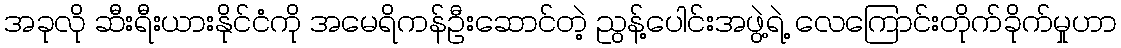
အခုလို ဆီးရီးယားနိုင်ငံကို အမေရိကန်ဦးဆောင်တဲ့ ညွန့်ပေါင်းအဖွဲ့ရဲ့ လေကြောင်းတိုက်ခိုက်မှုဟာ